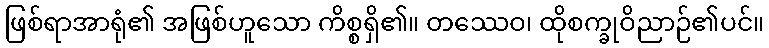
ဖြစ်ရာအာရုံ၏ အဖြစ်ဟူသော ကိစ္စရှိ၏။ တဿေဝ၊ ထိုစက္ခုဝိညာဉ်၏ပင်။